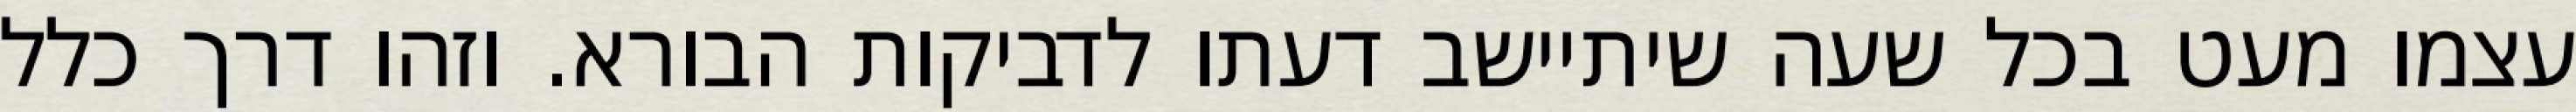
עצמו מעט בכל שעה שיתיישב דעתו לדביקות הבורא. וזהו דרך כלל